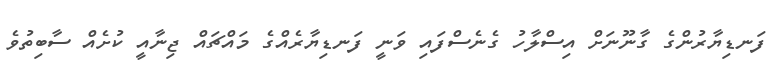
ފަނޑިޔާރުންގެ ގާނޫނަށް އިސްލާހު ގެނެސްފައި ވަނީ ފަނޑިޔާރެއްގެ މައްޗައް ޖިނާއީ ކުށެއް ސާބިތުވެ